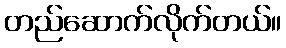
တည်ဆောက်လိုက်တယ်။